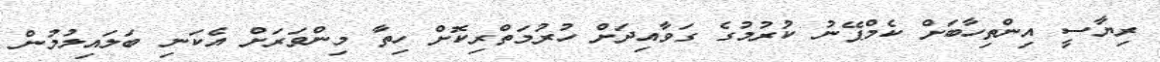
ރިޔާސީ އިންތިހާބަށް ކެމްޕޭނު ކުރުމުގެ ގަވާއިދަށް ހުރުމަތްރިކޮށް ހިތާ މިންވަރަށް އެކަނި ބަލައިލުމުން